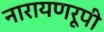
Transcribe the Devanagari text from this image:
नारायणरूपी